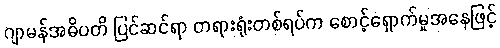
ဂျာမန်အဓိပတိ ပြင်ဆင်ရာ တရားရုံးတစ်ရပ်က စောင့်ရှောက်မှုအနေဖြင့်